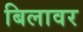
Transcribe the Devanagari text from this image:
बिलावर